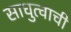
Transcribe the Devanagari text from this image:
साधुत्वाची